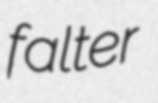
falter